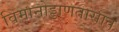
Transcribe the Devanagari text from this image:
विमानोड्डाणतासात